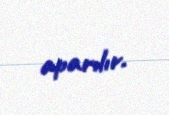
aparılır.